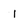
Character: l